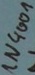
Text: 1N4001